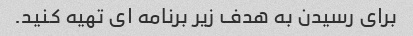
برای رسیدن به هدف زیر برنامه ای تهیه کنید.